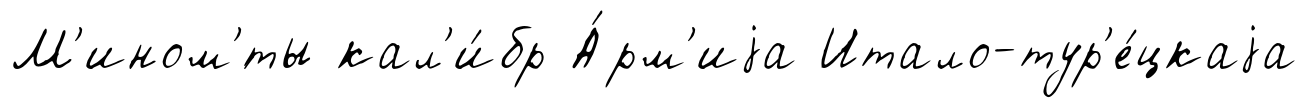
М'ином'́ты кал'и́бр А́рм'иjа Итало-тур'е́цкаjа